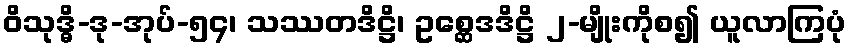
ဝိသုဒ္ဓိ-ဒု-အုပ်-၅၄၊ သဿတဒိဋ္ဌိ၊ ဥစ္ဆေဒဒိဋ္ဌိ ၂-မျိုးကိုစ၍ ယူလာကြပုံ